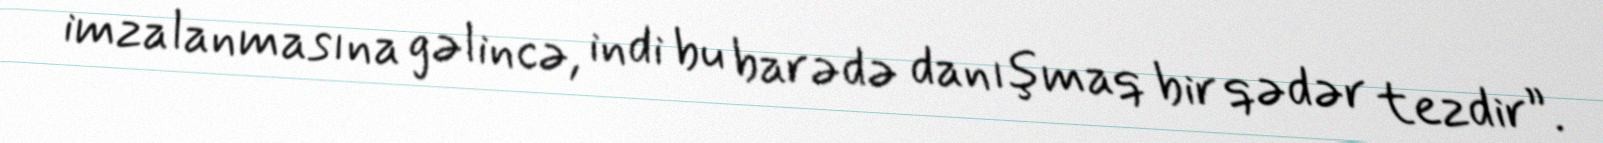
imzalanmasına gəlincə, indi bu barədə danışmaq bir qədər tezdir”.